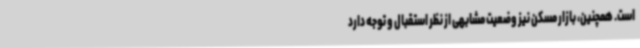
است. همچنین، بازار مسکن نیز وضعیت مشابهی از نظر استقبال و توجه دارد